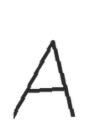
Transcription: A